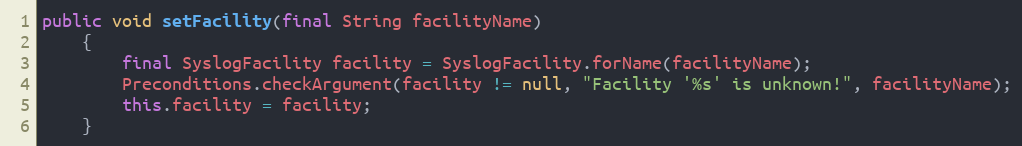
Language: Java
public void setFacility(final String facilityName)
    {
        final SyslogFacility facility = SyslogFacility.forName(facilityName);
        Preconditions.checkArgument(facility != null, "Facility '%s' is unknown!", facilityName);
        this.facility = facility;
    }